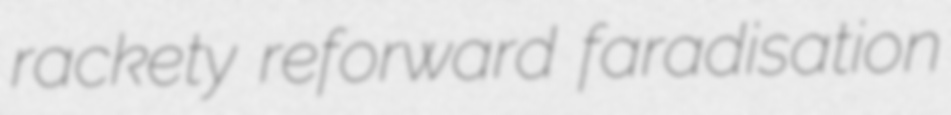
rackety reforward faradisation